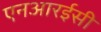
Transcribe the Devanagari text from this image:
एनआरईसी